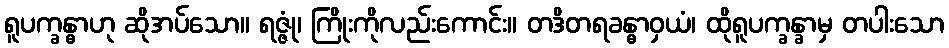
ရူပက္ခန္ဓာဟု ဆိုအပ်သော။ ရဇ္ဇုံ၊ ကြိုးကိုလည်းကောင်း။ တဒိတရခန္ဓာဝှယံ၊ ထိုရူပက္ခန္ခာမှ တပါးသော